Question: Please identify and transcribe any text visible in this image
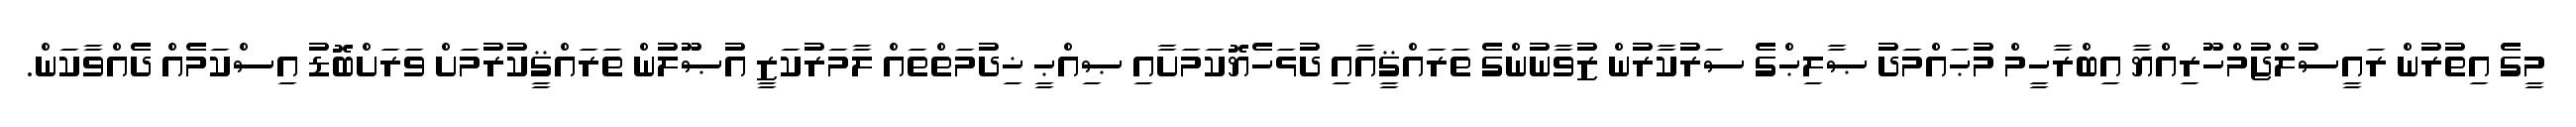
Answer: މީގެ އިތުރުން ރައީސުލްޖުމްހޫރިއްޔާ އިބްރާހީމް މުޙައްމަދު ޞާލިޙްގެ ސަރުކާރުން ޒުވާނުންގެ ތަރައްޤީއާއި ދުޅަހެޔޮކަމަށާއި ޞިއްޙީ ޚިދުމަތްތައް ލާމަރުކަޒީ އުޞޫލުން ތަރައްޤީކުރުމަށް ވަރަށްބޮޑު އިސްކަމެއް ދެއްވާކަން.